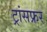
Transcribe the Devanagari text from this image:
ट्रांसफ्रर